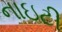
નાઇટી